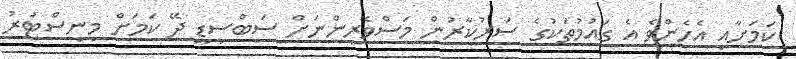
ކަމަށާއި އެހެންވެ އެ ގައުމުތަކުގެ ސަރުކާރުން މަސްވެރިންނަށް ސަބްސިޑީ ދޭ ކަމަށް މިނިސްޓަރު